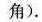
角)。